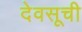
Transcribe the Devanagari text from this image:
देवसूची